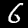
Digit: 6